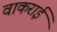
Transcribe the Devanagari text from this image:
वाकराई